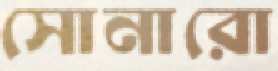
সোনারো